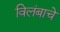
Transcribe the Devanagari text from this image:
विलंबाचे